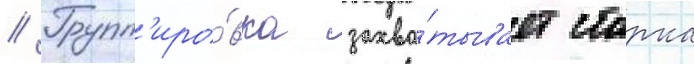
// Групп'иро́вка захва́тывает старка